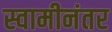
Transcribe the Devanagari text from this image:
स्वामीनंतर